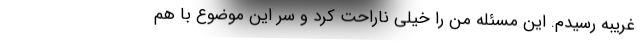
غریبه رسیدم. این مسئله من را خیلی ناراحت کرد و سر این موضوع با هم